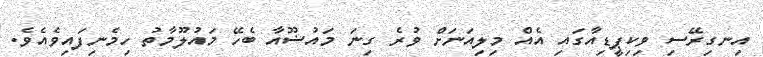
އިނގިރޭސި ވިކިޕީޑިއާގައި އެއް މިލިއަނަށް ވުރެ ގިނަ މައުޟޫއާ ބެހޭ މައުލޫމާތު ހިމެނިފައިވެއެވެ.